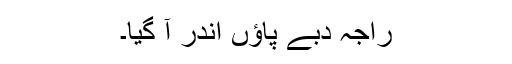
راجہ دبے پاؤں اندر آ گیا۔